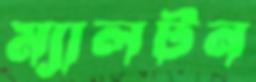
ম্যালটন